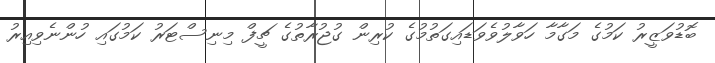
ބޮޑުވަޒީރު ކަމުގެ މަގާމާ ހަވާލުވެވަޑައިގަތުމުގެ ކުރިން ގުޖުރާތުގެ ޗީފް މިނިސްޓަރު ކަމުގައި ހުންނެވިއިރު